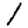
Digit: 1